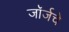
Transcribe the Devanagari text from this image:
जॉर्जचे